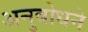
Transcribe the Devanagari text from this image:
अनुबोधने